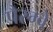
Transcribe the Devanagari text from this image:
पैरग्वे